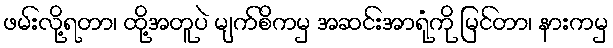
ဖမ်းလို့ရတာ၊ ထို့အတူပဲ မျက်စိကမှ အဆင်းအာရုံကို မြင်တာ၊ နားကမှ